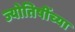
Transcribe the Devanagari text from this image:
ज्योतिषींच्या